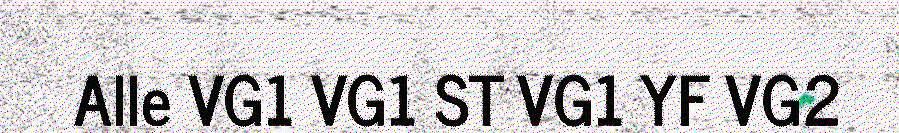
Alle VG1 VG1 ST VG1 YF VG2